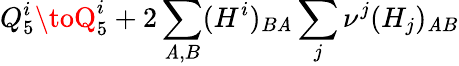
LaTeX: Q_{5}^{i}\toQ_{5}^{i}+2\sum_{\mathit{A},B}(H^{i})_{B\mathit{A}}\sum_{j}\nu^{j}(H_{j})_{\mathit{A}B}